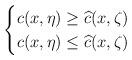
LaTeX: \begin{align*}\begin{cases}c(x,\eta)\geq\widehat{c}(x,\zeta)\\c(x,\eta)\leq\widehat{c}(x,\zeta)\end{cases}\end{align*}